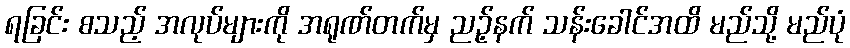
ရခြင်း စသည့် အလုပ်များကို အရုဏ်တက်မှ ညဉ့်နက် သန်းခေါင်အထိ မည်သို့ မည်ပုံ